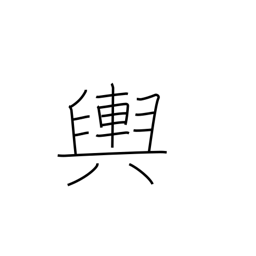
Meaning: the earth